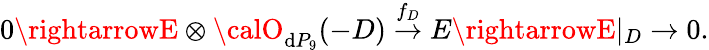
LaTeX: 0\rightarrowE\otimes{\calO}_{\mathrm{d}P_{9}}(-D)\stackrel{f_{D}}{\rightarrow}E\rightarrowE|_{D}\rightarrow0.